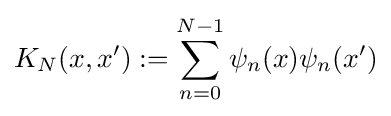
K_{N}(x,x'):=\sum _{n=0}^{N-1}\psi _{n}(x)\psi _{n}(x')